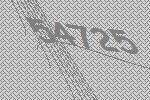
54725